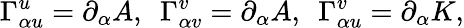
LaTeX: \Gamma_{\alpha u}^{u}=\partial_{\alpha}A,~~\Gamma_{\alpha v}^{v}=\partial_{\alpha}A,~~\Gamma_{\alpha u}^{v}=\partial_{\alpha}K,